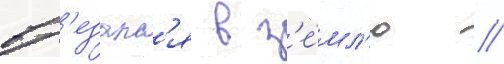
вр'езалс'я в з'е́мл'ю //